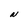
Character: N